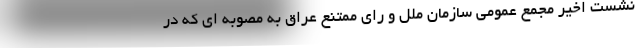
نشست اخیر مجمع عمومی سازمان ملل و رای ممتنع عراق به مصوبه ای که در